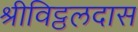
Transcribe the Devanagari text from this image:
श्रीविट्ठलदास